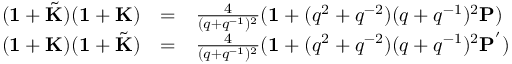
\begin{array} { r c l } { { ( { \bf 1 } + \tilde { \bf K } ) ( { \bf 1 } + { \bf K } ) } } & { { = } } & { { \frac { 4 } { ( q + q ^ { - 1 } ) ^ { 2 } } ( { \bf 1 } + ( q ^ { 2 } + q ^ { - 2 } ) ( q + q ^ { - 1 } ) ^ { 2 } { \bf P } ) } } \\ { { ( { \bf 1 } + { \bf K } ) ( { \bf 1 } + \tilde { \bf K } ) } } & { { = } } & { { \frac { 4 } { ( q + q ^ { - 1 } ) ^ { 2 } } ( { \bf 1 } + ( q ^ { 2 } + q ^ { - 2 } ) ( q + q ^ { - 1 } ) ^ { 2 } { \bf P } ^ { ' } ) } } \end{array}